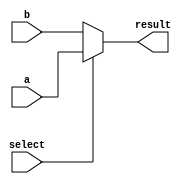
module conditional_operator_assignment (
    input wire a,          // Input signal 1
    input wire b,          // Input signal 2
    input wire select,     // Selection signal (condition)
    output reg result      // Output signal
);

    // Always block to evaluate the condition and assign the result
    always @(*) begin
        // Conditional operator assignment
        result = (select) ? a : b; // If select is true, assign a; otherwise, assign b
    end

endmodule